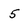
Character: 5